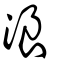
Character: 浪